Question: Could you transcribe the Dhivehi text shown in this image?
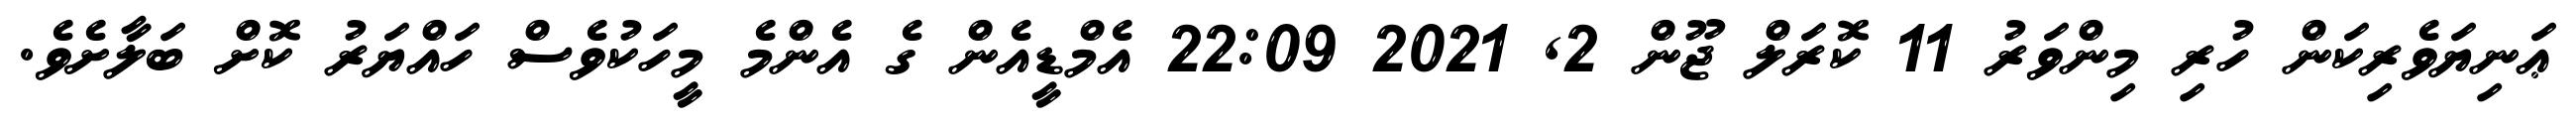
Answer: ޢަނިޔަވެރިކަން ހުރި މިންވަރު 11 ކޮރަލް ޖޫން 2, 2021 22:09 އެމްޑީއެން ގެ އެންމެ މީހަކުވެސް ހައްޔަރު ކޮށް ބަލާށެވެ.